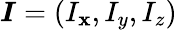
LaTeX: \boldsymbol{I}=\left(I_{\mathbf{x}},I_{y},I_{z}\right)